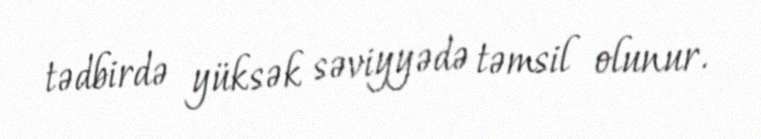
tədbirdə yüksək səviyyədə təmsil olunur.